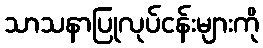
သာသနာပြုလုပ်ငန်းများကို